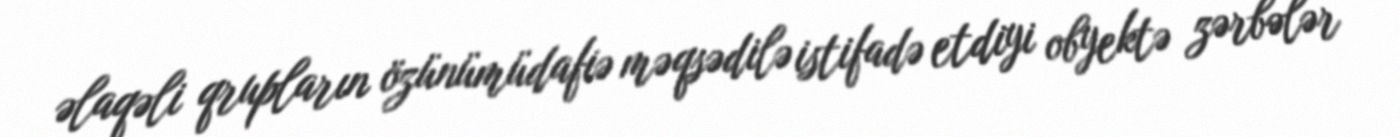
əlaqəli qrupların özünümüdafiə məqsədilə istifadə etdiyi obyektə zərbələr